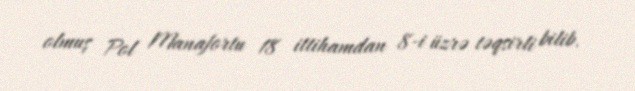
olmuş Pol Manafortu 18 ittihamdan 8-i üzrə təqsirli bilib.